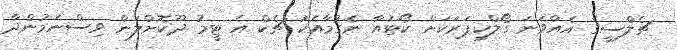
ޗެލްސީގެ އެއްވަނަ ގޯލްކީޕަރަކަށް ކޯޓުއާ ނެގުމާއެކު ޗެކް އެ ޓީމު ދޫކޮށްލަން ވިސްނަމުންދާ